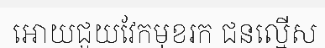
អោយជួយវែកមុខរក ជនល្មើស